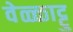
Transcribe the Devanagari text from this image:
वेळ्ळाट्टु